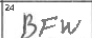
Transcription: BFW